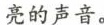
亮的声音。